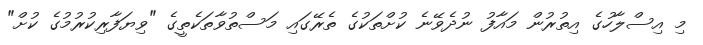
މި އިސްލާހުގެ އިތުރުން މައާފު ނުދެވޭނެ ކުށްތަކުގެ ތެރޭގައި މަސްތުވާތަކެތީގެ "ވިޔަފާރިކުރުމުގެ ކުށް"